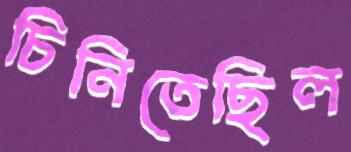
চিনিতেছিল